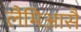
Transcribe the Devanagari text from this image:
लैमिआसै